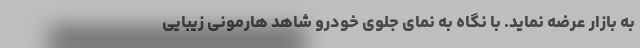
به بازار عرضه نماید. با نگاه به نمای جلوی خودرو شاهد هارمونی زیبایی